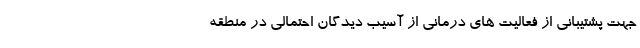
جهت پشتیبانی از فعالیت های درمانی از آسیب دیدگان احتمالی در منطقه